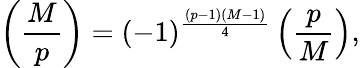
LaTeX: \left({\frac{M}{p}}\right)=(-1)^{\frac{(p-1)(M-1)}{4}}\left({\frac{p}{M}}\right),